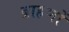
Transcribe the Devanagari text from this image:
ब्राहणों